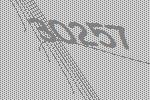
30257